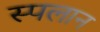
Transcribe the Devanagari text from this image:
स्पलान